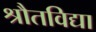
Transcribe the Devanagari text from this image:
श्रौतविद्या